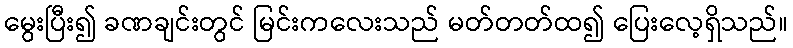
မွေးပြီး၍ ခဏချင်းတွင် မြင်းကလေးသည် မတ်တတ်ထ၍ ပြေးလေ့ရှိသည်။